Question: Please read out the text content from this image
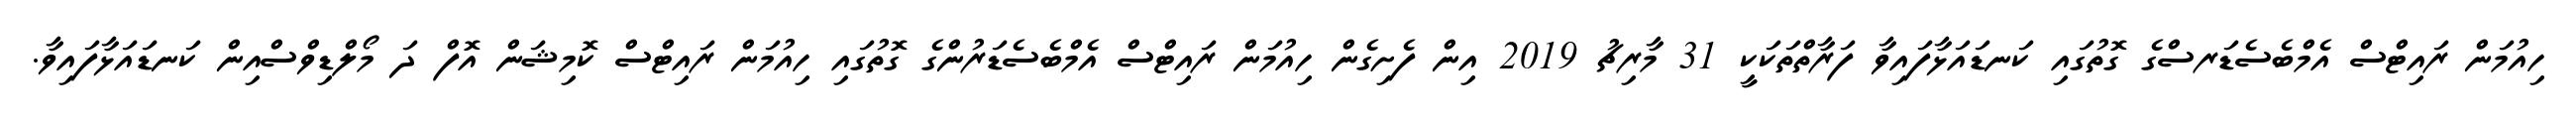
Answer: ހިއުމަން ރައިޓްސް އެމްބެސެޑަރސްގެ ގޮތުގައި ކަނޑައަޅާފައިވާ ފަރާތްތަކަކީ 31 މާރިޗު 2019 އިން ފެށިގެން ހިއުމަން ރައިޓްސް އެމްބެސެޑަރުންގެ ގޮތުގައި ހިއުމަން ރައިޓްސް ކޮމިޝަން އޮފް ދަ މޯލްޑިވްސްއިން ކަނޑައަޅާފައިވާ.